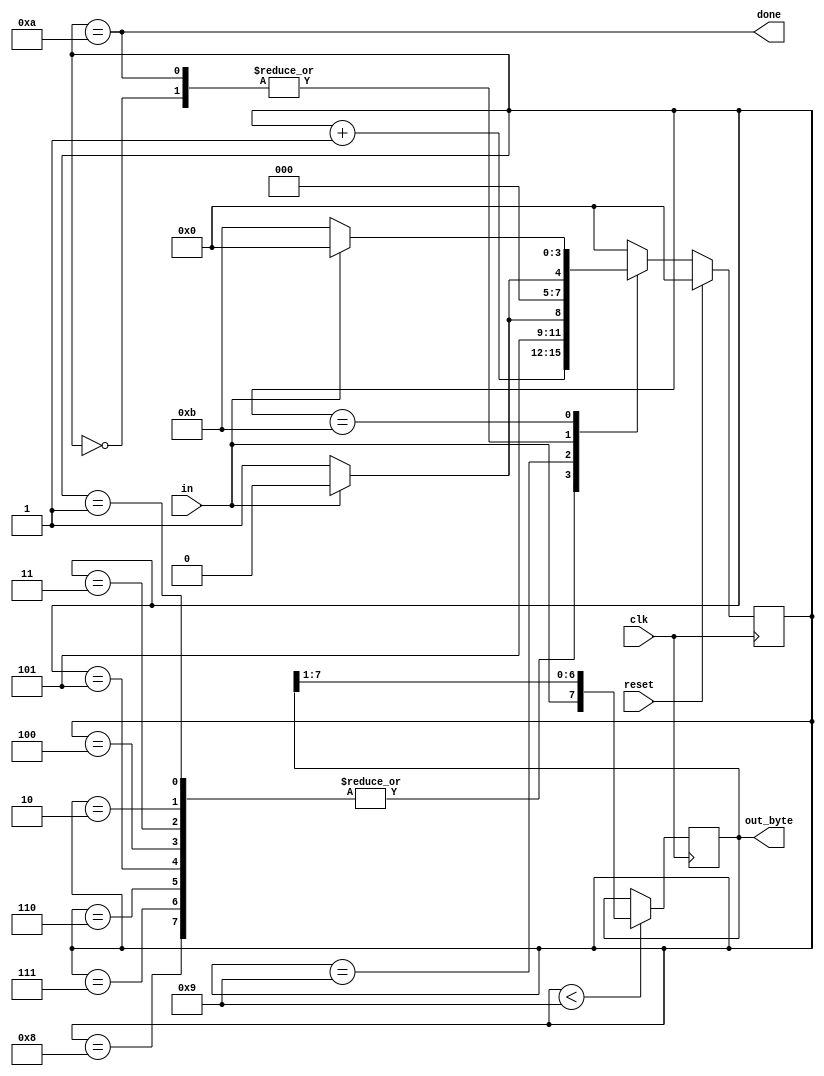
//
//
// https://hdlbits.01xz.net/wiki/Fsm_serialdata
//
//

`default_nettype none

module top_module(
    input           clk,
    input           in,
    input           reset,
    output  [7:0]   out_byte,
    output          done
);

    parameter       BIT_START   = 4'd0,
                    BIT_B0      = 4'd1,
                    BIT_B1      = 4'd2,
                    BIT_B2      = 4'd3,
                    BIT_B3      = 4'd4,
                    BIT_B4      = 4'd5,
                    BIT_B5      = 4'd6,
                    BIT_B6      = 4'd7,
                    BIT_B7      = 4'd8,
                    BIT_STOP    = 4'd9,
                    DONE        = 4'd10,
                    ERROR       = 4'd11;

    reg     [3:0]   state;
    reg     [3:0]   state_next;

    always @(posedge clk) begin
        if (reset) begin
            state <= BIT_START;
        end else begin
            state <= state_next;
        end
    end

    always @(*) begin
        case (state)
        BIT_START   : state_next = in ? BIT_START : BIT_B0;
        BIT_B0      ,
        BIT_B1      ,
        BIT_B2      ,
        BIT_B3      ,
        BIT_B4      ,
        BIT_B5      ,
        BIT_B6      ,
        BIT_B7      : state_next = state + 1'b1;
        BIT_STOP    : state_next = in ? DONE : ERROR;
        DONE        : state_next = in ? BIT_START : BIT_B0;
        ERROR       : state_next = in ? BIT_START : ERROR;
        default     : state_next = BIT_START;
        endcase
    end

    assign done = (state == DONE);

    reg     [7:0]   data;

    always @(posedge clk) begin
        if (state < BIT_STOP)
            data <= {in, data[7:1]};
    end

    assign out_byte = data;
endmodule